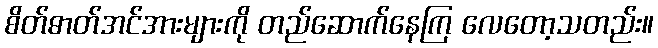
စိတ်ဓာတ်အင်အားများကို တည်ဆောက်နေကြ လေတော့သတည်း။